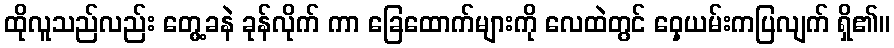
ထိုလူသည်လည်း တွေ့ခနဲ ခုန်လိုက် ကာ ခြေထောက်များကို လေထဲတွင် ဝှေ့ယမ်းကပြလျက် ရှိ၏။